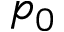
p _ { 0 }